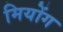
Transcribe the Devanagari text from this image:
मियोंग